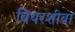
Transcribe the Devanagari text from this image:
बियरशीबा